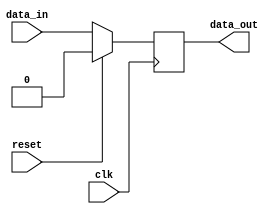
module synchronous_design_element (
    input clk,       // Clock signal
    input reset,     // Reset signal
    input data_in,   // Input data signal
    output reg data_out // Output data signal
);

// Synchronous design block triggered on the rising edge of the clock
always @ (posedge clk)
begin
    if (reset) begin
        // Reset operation
        data_out <= 1'b0;
    end
    else begin
        // Sequential logic operation
        data_out <= data_in;
    end
end

endmodule